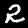
Label: 2